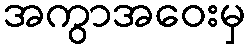
အကွာအဝေးမှ